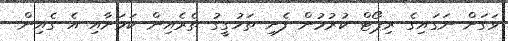
ވަގަށް ނަގައިގެ ރިޕޯޓް ކުރުމުން ފެށި ތަހުގީގު ތެރެއިން ކަމަށާއި އެ ގެއިން